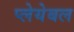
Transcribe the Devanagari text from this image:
प्लेयेबल